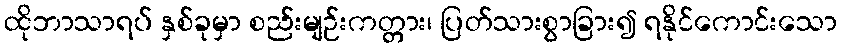
ထိုဘာသာရပ် နှစ်ခုမှာ စည်းမျဉ်းကတ္တား၊ ပြတ်သားစွာခြား၍ ရနိုင်ကောင်းသော